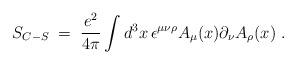
LaTeX: \begin{align*} S_{C-S}\;=\;\frac{e^2}{4\pi} \int d^3x\,\epsilon^{\mu\nu\rho} A_{\mu}(x) \partial_{\nu} A_{\rho}(x) \;.\end{align*}